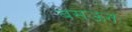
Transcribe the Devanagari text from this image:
बसऊन